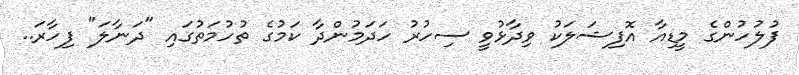
ފުލުހުންގެ މީޑިއާ އޮފިޝަލަކު ވިދާޅުވީ ސިހުރު ހަދަމުންދާ ކަމުގެ ތުހުމަތުގައި "ދަނާލަ" ފިހާރަ..